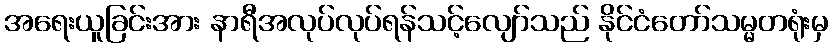
အရေးယူခြင်းအား နာရီအလုပ်လုပ်ရန်သင့်လျော်သည် နိုင်ငံတော်သမ္မတရုံးမှ